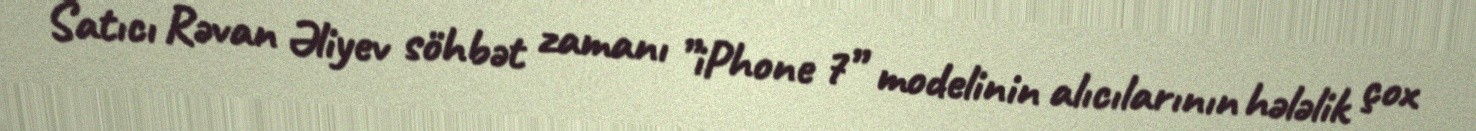
Satıcı Rəvan Əliyev söhbət zamanı ”iPhone 7” modelinin alıcılarının hələlik çox